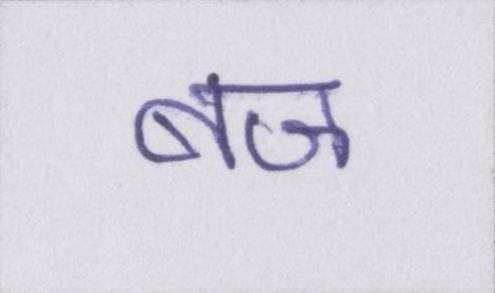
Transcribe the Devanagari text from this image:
बज